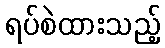
ရပ်စဲထားသည့်